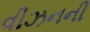
વીઝનની